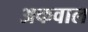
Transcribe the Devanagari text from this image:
अकवाल